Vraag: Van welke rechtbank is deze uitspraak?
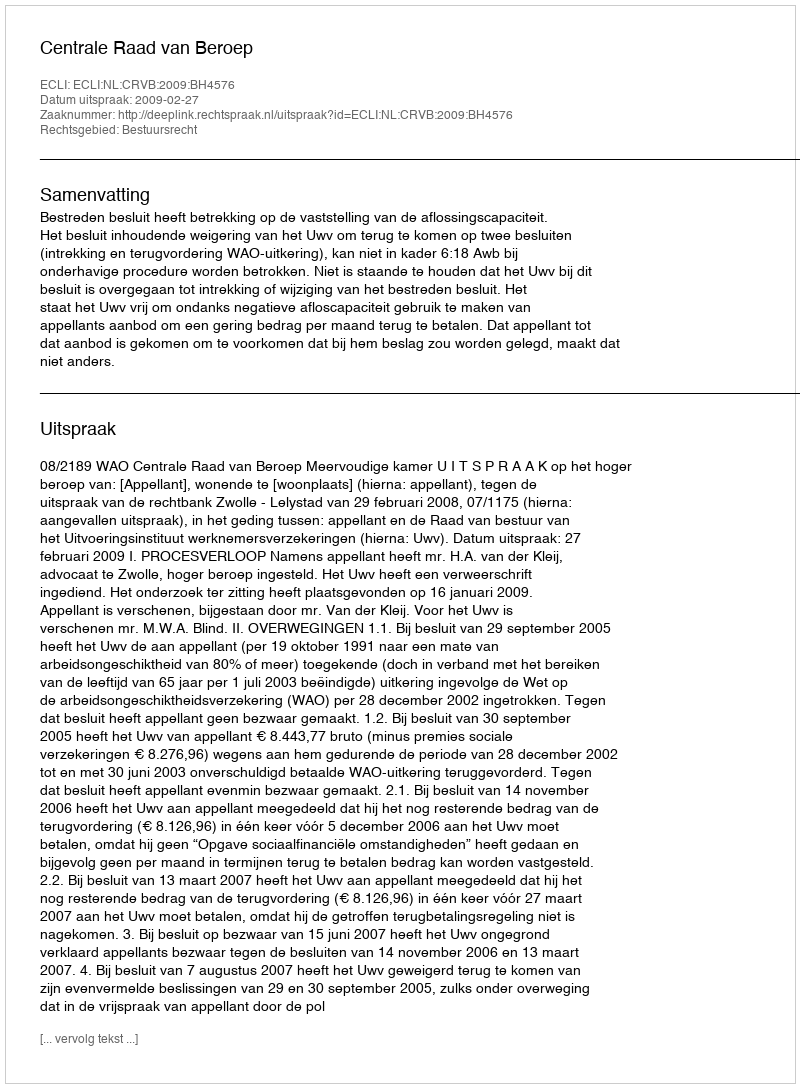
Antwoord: Centrale Raad van Beroep